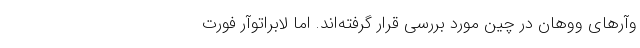
وآر‌های ووهان در چین مورد بررسی قرار گرفته‌اند. اما لابراتوآر فورت